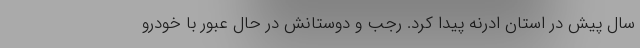
سال پیش در استان ادرنه پیدا کرد. رجب و دوستانش در حال عبور با خودرو